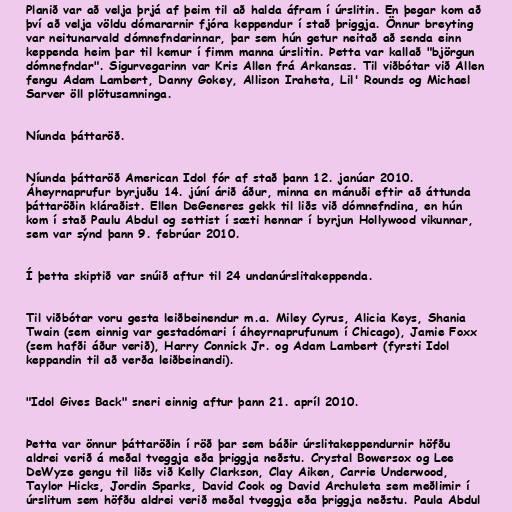
Planið var að velja þrjá af þeim til að halda áfram í úrslitin. En þegar kom að
því að velja völdu dómararnir fjóra keppendur í stað þriggja. Önnur breyting
var neitunarvald dómnefndarinnar, þar sem hún getur neitað að senda einn
keppenda heim þar til kemur í fimm manna úrslitin. Þetta var kallað "björgun
dómnefndar". Sigurvegarinn var Kris Allen frá Arkansas. Til viðbótar við Allen
fengu Adam Lambert, Danny Gokey, Allison Iraheta, Lil' Rounds og Michael
Sarver öll plötusamninga.

Níunda þáttaröð.

Níunda þáttaröð American Idol fór af stað þann 12. janúar 2010.
Áheyrnaprufur byrjuðu 14. júní árið áður, minna en mánuði eftir að áttunda
þáttaröðin kláraðist. Ellen DeGeneres gekk til liðs við dómnefndina, en hún
kom í stað Paulu Abdul og settist í sæti hennar í byrjun Hollywood vikunnar,
sem var sýnd þann 9. febrúar 2010.

Í þetta skiptið var snúið aftur til 24 undanúrslitakeppenda.

Til viðbótar voru gesta leiðbeinendur m.a. Miley Cyrus, Alicia Keys, Shania
Twain (sem einnig var gestadómari í áheyrnaprufunum í Chicago), Jamie Foxx
(sem hafði áður verið), Harry Connick Jr. og Adam Lambert (fyrsti Idol
keppandin til að verða leiðbeinandi).

"Idol Gives Back" sneri einnig aftur þann 21. apríl 2010.

Þetta var önnur þáttaröðin í röð þar sem báðir úrslitakeppendurnir höfðu
aldrei verið á meðal tveggja eða þriggja neðstu. Crystal Bowersox og Lee
DeWyze gengu til liðs við Kelly Clarkson, Clay Aiken, Carrie Underwood,
Taylor Hicks, Jordin Sparks, David Cook og David Archuleta sem meðlimir í
úrslitum sem höfðu aldrei verið meðal tveggja eða þriggja neðstu. Paula Abdul